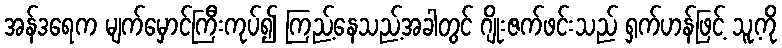
အန်ဒရေက မျက်မှောင်ကြီးကုပ်၍ ကြည့်နေသည့်အခါတွင် ဂျိုးဇက်ဖင်းသည် ရှက်ဟန်ဖြင့် သူ့ကို